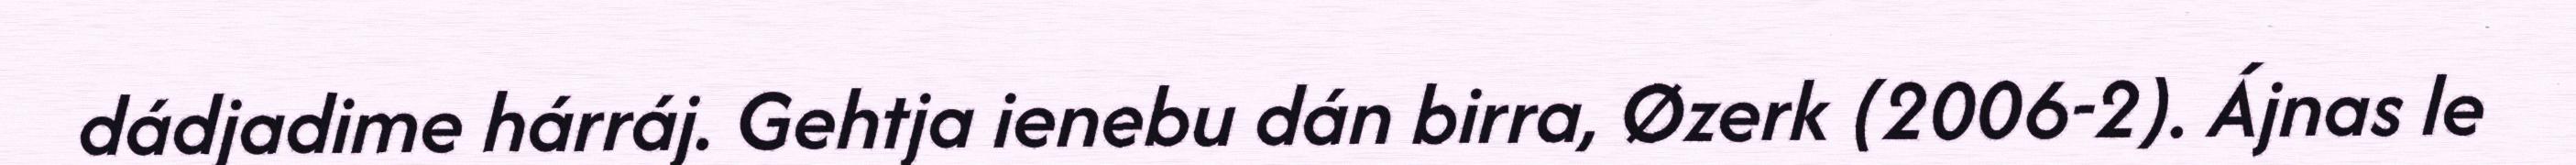
dádjadime hárráj. Gehtja ienebu dán birra, Øzerk (2006-2). Ájnas le